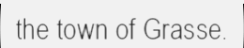
the town of Grasse.